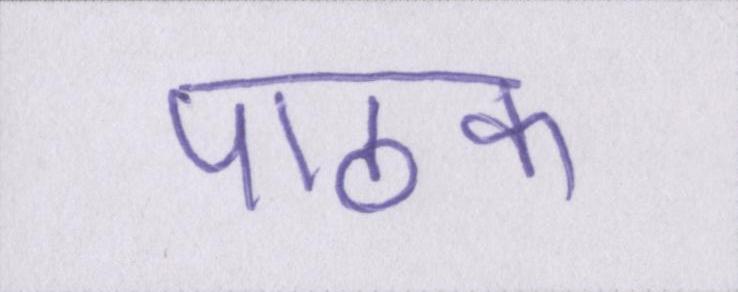
पाठक